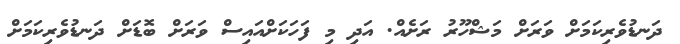
ދަނޑުވެރިކަމަށް ވަރަށް މަޝްހޫރު ރަށެއް. އަދި މި ފަހަކަށްއައިސް ވަރަށް ބޮޑަށް ދަނޑުވެރިކަމަށް